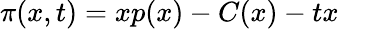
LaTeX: \pi(x,t)=xp(x)-C(x)-tx\quad